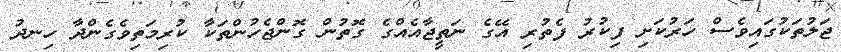
ޖަލުތަކުގައިވެސް ހަރުކަށި ފިކުރު ފެތުރި އޭގެ ނަތީޖާއެއްގެ ގޮތުން ގޮންޖެހުންތަކާ ކުރިމަތިވެގެންދާ ހިނދު